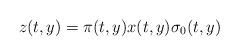
LaTeX: \begin{align*} z(t,y)= \pi(t,y)x(t,y)\sigma_0(t,y)\end{align*}